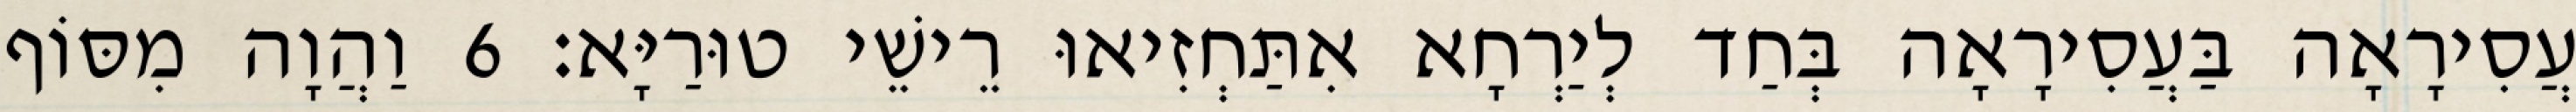
עֲסִירָאָה בַּעֲסִירָאָה בְּחַד לְיַרְחָא אִתַּחְזִיאוּ רֵישֵׁי טוּרַיָּא׃ 6 וַהֲוָה מִסּוֹף